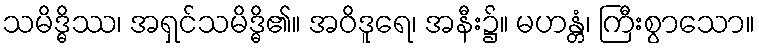
သမိဒ္ဓိဿ၊ အရှင်သမိဒ္ဓိ၏။ အဝိဒူရေ၊ အနီး၌။ မဟန္တံ၊ ကြီးစွာသော။